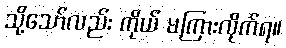
သို့သော်လည်း ကိုယ် မကြားလိုက်ရ။